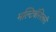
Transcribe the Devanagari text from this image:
मल्टिबॅसिलरी